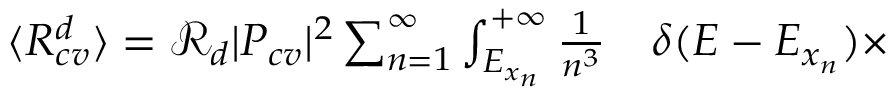
\begin{array} { r l } { \langle R _ { c v } ^ { d } \rangle = \mathcal { R } _ { d } | P _ { c v } | ^ { 2 } \sum _ { n = 1 } ^ { \infty } \int _ { E _ { x _ { n } } } ^ { + \infty } \frac { 1 } { n ^ { 3 } } } & { { } \delta ( E - E _ { x _ { n } } ) \times } \end{array}